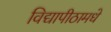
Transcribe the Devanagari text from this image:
विद्यापीठामधे